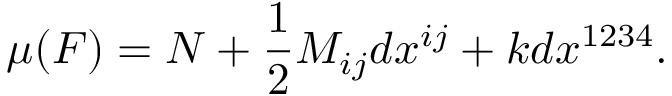
\mu ( F ) = N + \frac { 1 } { 2 } M _ { i j } d x ^ { i j } + k d x ^ { 1 2 3 4 } .